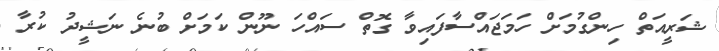
ޝަރީއަތް ހިންގުމަށް ހަމަޖައްސާފައިވާ ގޮތް ސައްހަ ނޫން ކަމަށް ބުނެ ނަޝީދު ކުރާ